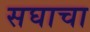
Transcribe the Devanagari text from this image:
सघाचा